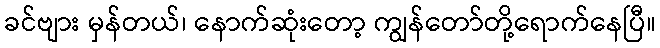
ခင်ဗျား မှန်တယ်၊ နောက်ဆုံးတော့ ကျွန်တော်တို့ရောက်နေပြီ။